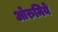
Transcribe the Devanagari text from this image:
ओरुमिये